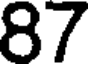
87